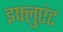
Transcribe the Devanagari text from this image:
इफ्लुएंट